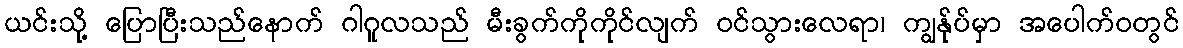
ယင်းသို့ ပြောပြီးသည်နောက် ဂါဂူလသည် မီးခွက်ကိုကိုင်လျက် ဝင်သွားလေရာ၊ ကျွန်ုပ်မှာ အပေါက်ဝတွင်